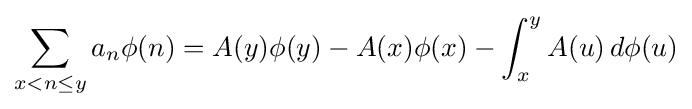
\sum _{x<n\leq y}a_{n}\phi (n)=A(y)\phi (y)-A(x)\phi (x)-\int _{x}^{y}A(u)\,d\phi (u)